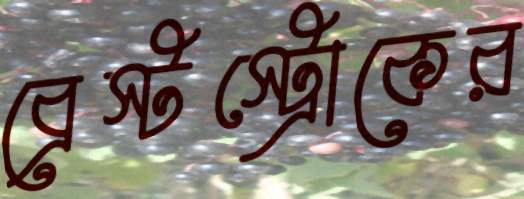
ব্রেস্টস্ট্রোকের